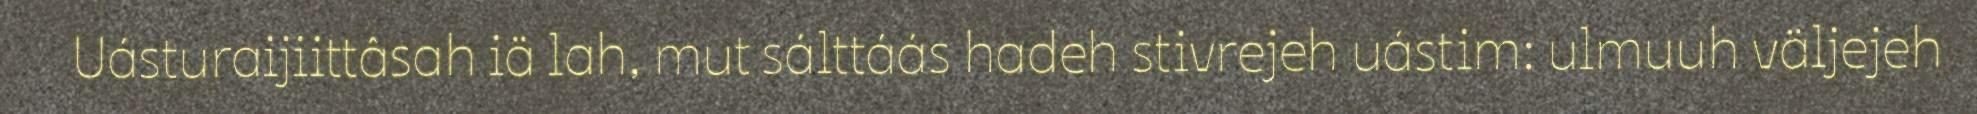
Uásturaijiittâsah iä lah, mut sálttáás hadeh stivrejeh uástim: ulmuuh väljejeh